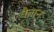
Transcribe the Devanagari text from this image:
वैतान